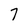
Character: 7